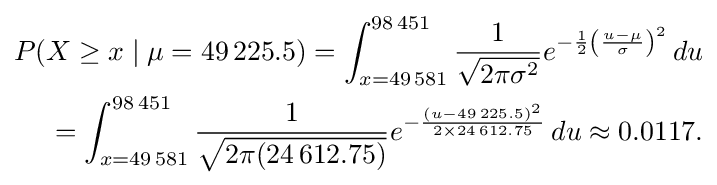
{\begin{aligned}P(X\geq x\mid \mu =49\,225.5)=\int _{x=49\,581}^{98\,451}{\frac {1}{\sqrt {2\pi \sigma ^{2}}}}e^{-{\frac {1}{2}}\left({\frac {u-\mu }{\sigma }}\right)^{2}}\,du\\=\int _{x=49\,581}^{98\,451}{\frac {1}{\sqrt {2\pi (24\,612.75)}}}e^{-{\frac {(u-49\,225.5)^{2}}{2\times 24\,612.75}}}\,du\approx 0.0117.\end{aligned}}